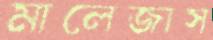
মালেজাস